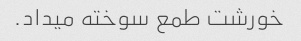
خورشت طمع سوخته میداد.